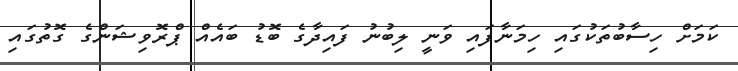
ކަމަށް ހިސާބުތަކުގައި ހިމަނާފައި ވަނީ ލިބުނު ފައިދާގެ ބޮޑު ބައެއް ޕްރޮވިޝަންގެ ގޮތުގައި